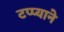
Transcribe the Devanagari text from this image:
टप्प्याने